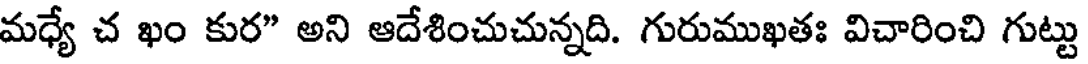
మధ్యే చ ఖం కుర" అని ఆదేశించుచున్నది. గురుముఖతః విచారించి గుట్టు